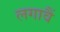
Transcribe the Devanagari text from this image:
लगावैं